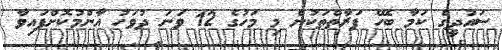
ސައުދީގެ ކަމާ ބެހޭ ފަރާތްތަކުން މި މަހުގެ 12 ވަނަ ދުވަހު އާންމުކޮށްފައިވާ